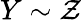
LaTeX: Y\sim\mathcal{Z}